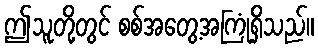
ဤသူတို့တွင် စစ်အတွေ့အကြုံရှိသည်။